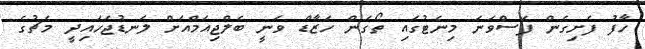
ހާފު ފެށިގެން ފަސްވަނަ މިނެޓުގައި ތޯގަން ހަޒާޑް ވަނީ ބެލްޖިއަމްއަށް ލަނޑުޖަހައިދީ މެޗުގެ